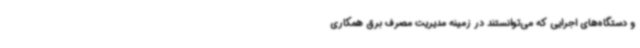
و دستگاه‌های اجرایی که می‌توانستند در زمینه مدیریت مصرف برق همکاری